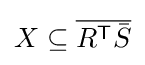
X\subseteq {\overline {R^{\textsf {T}}{\bar {S}}}}